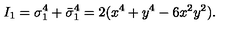
I _ { 1 } = \sigma _ { 1 } ^ { 4 } + \bar { \sigma } _ { 1 } ^ { 4 } = 2 ( x ^ { 4 } + y ^ { 4 } - 6 x ^ { 2 } y ^ { 2 } ) .